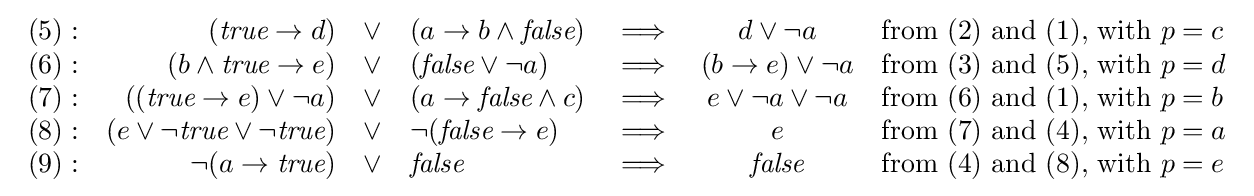
{\begin{array}{rrclccl}(5):&({\textit {true}}\rightarrow d)&\lor &(a\rightarrow b\land {\textit {false}})&\implies &d\lor \lnot a&{\mbox{from (2) and (1), with }}p=c\\(6):&(b\land {\textit {true}}\rightarrow e)&\lor &({\textit {false}}\lor \lnot a)&\implies &(b\rightarrow e)\lor \lnot a&{\mbox{from (3) and (5), with }}p=d\\(7):&(({\textit {true}}\rightarrow e)\lor \lnot a)&\lor &(a\rightarrow {\textit {false}}\land c)&\implies &e\lor \lnot a\lor \lnot a&{\mbox{from (6) and (1), with }}p=b\\(8):&(e\lor \lnot {\textit {true}}\lor \lnot {\textit {true}})&\lor &\lnot ({\textit {false}}\rightarrow e)&\implies &e&{\mbox{from (7) and (4), with }}p=a\\(9):&\lnot (a\rightarrow {\textit {true}})&\lor &{\textit {false}}&\implies &{\textit {false}}&{\mbox{from (4) and (8), with }}p=e\\\end{array}}